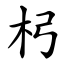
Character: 杛